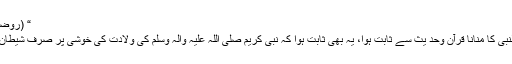
“ (روضاالانف جلد اول)
جشن عید میلادالنبی کا منانا قرآن وحد یث سے ثابت ہوا، یہ بھی ثابت ہوا کہ نبی کریم صلی اللہ علیہ والہ وسلم کی ولادت کی خوشی پر صرف شیطان کوتکلیف ہوئی۔